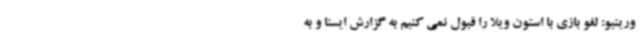
ورینیو: لغو بازی با استون ویلا را قبول نمی کنیم به گزارش ایسنا و به